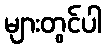
များတွင်ပါ